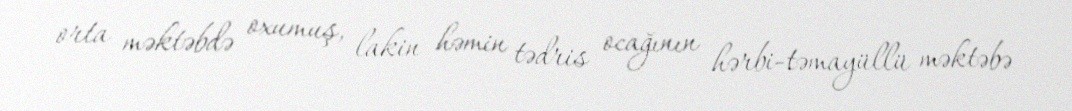
orta məktəbdə oxumuş, lakin həmin tədris ocağının hərbi-təmayüllü məktəbə